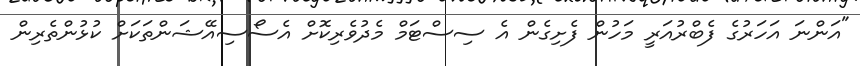
"އަންނަ އަހަރުގެ ފެބްރުއަރީ މަހުން ފެށިގެން އެ ސިސްޓަމް މެދުވެރިކޮށް އެސޯސިއޭޝަންތަކަށް ކުޅުންތެރިން